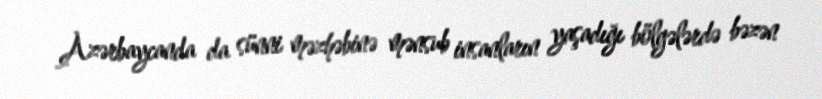
Azərbaycanda da sünni məzhəbinə mənsub insanların yaşadığı bölgələrdə bəzən